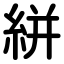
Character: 絣